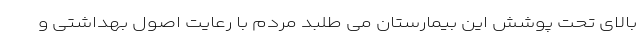
بالای تحت پوشش این بیمارستان می طلبد مردم با رعایت اصول بهداشتی و